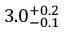
3 . 0 _ { - 0 . 1 } ^ { + 0 . 2 }